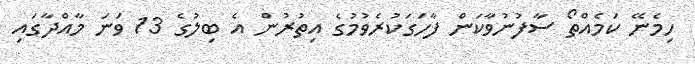
ހިމެނޭ ކަމެއްތޯ ސާފުނުވާކަން ފާހަގަކުރެވުމުގެ އިތުރުން އެ ބިލުގެ 13 ވަނަ މާއްދާގައި